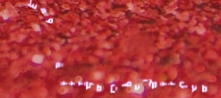
محل بيع أدوات مكتبية ومست